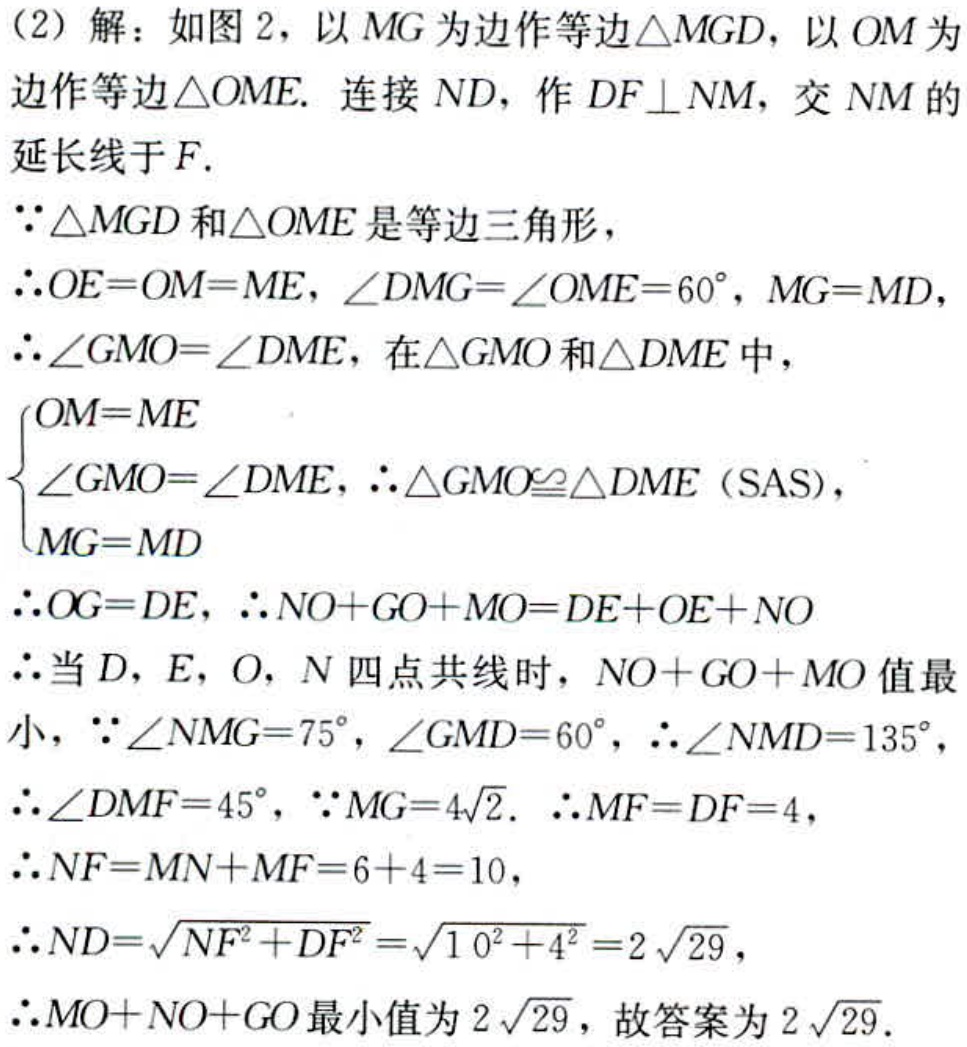
（2）解：如图2，以 \(MG\) 为边作等边\(\triangle MGD\)，以 \(OM\) 为边作等边\(\triangle OME\). 连接 \(ND\)，作 \(DF\perp NM\)，交 \(NM\) 的延长线于 \(F\).
\(\because\triangle MGD\)和\(\triangle OME\)是等边三角形，
\(\therefore OE = OM = ME\)，\(\angle DMG=\angle OME = 60^{\circ}\)，\(MG = MD\)，
\(\therefore\angle GMO=\angle DME\)，在\(\triangle GMO\)和\(\triangle DME\)中，
\(\begin{cases}
OM = ME\\
\angle GMO=\angle DME\\
MG = MD
\end{cases}\)，\(\therefore\triangle GMO\cong\triangle DME\)（SAS），
\(\therefore OG = DE\)，\(\therefore NO + GO+MO = DE + OE+NO\)
\(\therefore\)当 \(D\)，\(E\)，\(O\)，\(N\) 四点共线时，\(NO + GO + MO\) 值最小，\(\because\angle NMG = 75^{\circ}\)，\(\angle GMD = 60^{\circ}\)，\(\therefore\angle NMD = 135^{\circ}\)，
\(\therefore\angle DMF = 45^{\circ}\)，\(\because MG = 4\sqrt{2}\). \(\therefore MF = DF = 4\)，
\(\therefore NF = MN + MF = 6 + 4 = 10\)，
\(\therefore ND=\sqrt{NF^{2}+DF^{2}}=\sqrt{10^{2}+4^{2}} = 2\sqrt{29}\)，
\(\therefore MO + NO+GO\)最小值为 \(2\sqrt{29}\)，故答案为 \(2\sqrt{29}\).